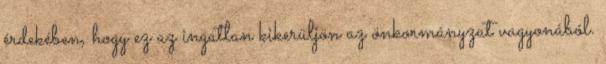
érdekében, hogy ez az ingatlan kikerüljön az önkormányzat vagyonából.